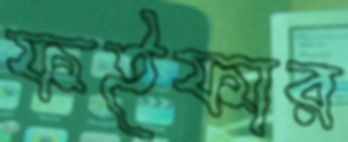
ফইফার